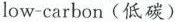
low-carbon(低碳)